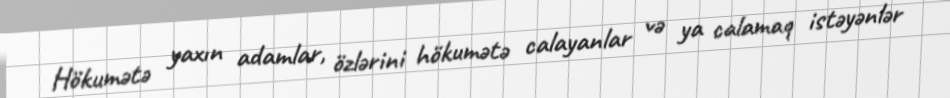
Hökumətə yaxın adamlar, özlərini hökumətə calayanlar və ya calamaq istəyənlər